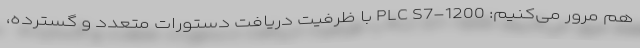
هم مرور می­کنیم: PLC S7-1200 با ظرفیت دریافت دستورات متعدد و گسترده،